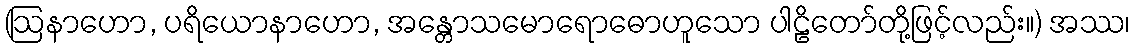
(ဩနာဟော, ပရိယောနာဟော, အန္တောသမောရောဓောဟူသော ပါဠိတော်တို့ဖြင့်လည်း။) အဿ၊